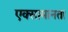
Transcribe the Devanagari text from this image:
एक्सामानता